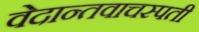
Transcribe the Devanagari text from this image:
वेदान्तवाचस्पती